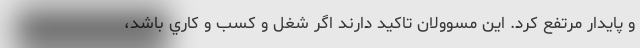
و پايدار مرتفع كرد. اين مسوولان تاكيد دارند اگر شغل و كسب و كاري باشد،